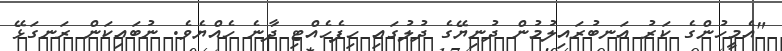
"އެމީހުންގެ ކަރު އަނބުރައިލުމުން ދުނިޔޭގެ ދުލުގައި ހިފެހެއްޓި ދާނެ ހެއްޔެވެ. ނުބައިކަން ރަނގަޅޭ